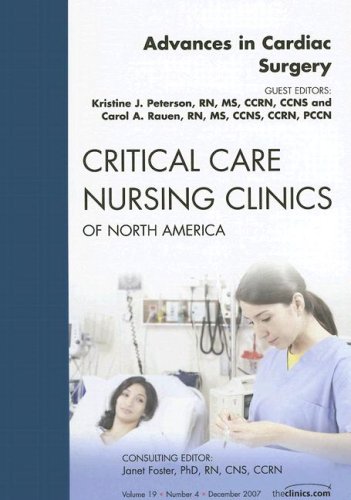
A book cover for Cardiac Surgery, An Issue of Critical Care Nursing Clinics, 1e (The Clinics: Nursing); C. Rauen; Medical Books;